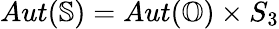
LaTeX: Aut(\mathbb{S})=Aut(\mathbb{O})\times S_{3}